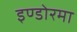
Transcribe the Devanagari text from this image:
इण्डोरमा